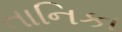
તાનિકા